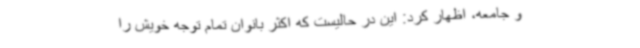
و جامعه، اظهار کرد: این در حالیست که اکثر بانوان تمام توجه خویش را